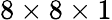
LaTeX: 8\times 8\times 1